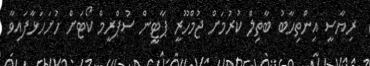
ރިޔާސީ އިންތިހާބު ބާތިލް ކުރުމަށް ޖުމްހޫރީ ޕާޓީން ސުޕްރީމް ކޯޓަށް ހުށަހަޅާފައިވާ